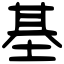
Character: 基